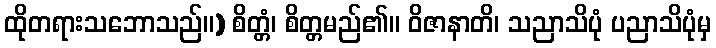
ထိုတရားသဘောသည်။) စိတ္တံ၊ စိတ္တမည်၏။ ဝိဇာနာတိ၊ သညာသိပုံ ပညာသိပုံမှ